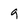
Character: g